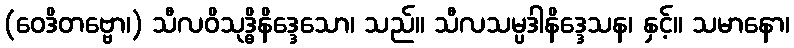
(ဝေဒိတဗ္ဗော၊) သီလဝိသုဒ္ဓိနိဒ္ဒေသော၊ သည်။ သီလသမ္ပဒါနိဒ္ဒေသန၊ နှင့်။ သမာနော၊